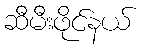
ဆီမီးဖိုင်နယ်